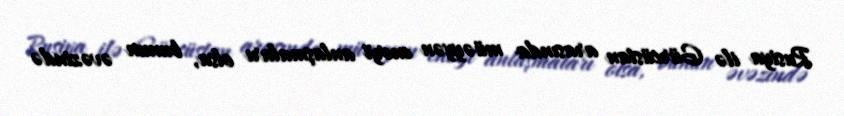
Rusiya ilə Gürcüstan arasında müəyyən enerji anlaşmaları olsa, bunun əvəzində